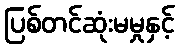
ပြစ်တင်ဆုံးမမှုနှင့်